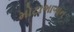
મોટાભાગાન